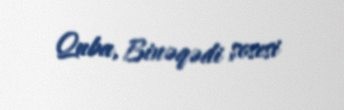
Quba, Binəqədi şosesi